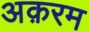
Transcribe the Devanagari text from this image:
अक़रम